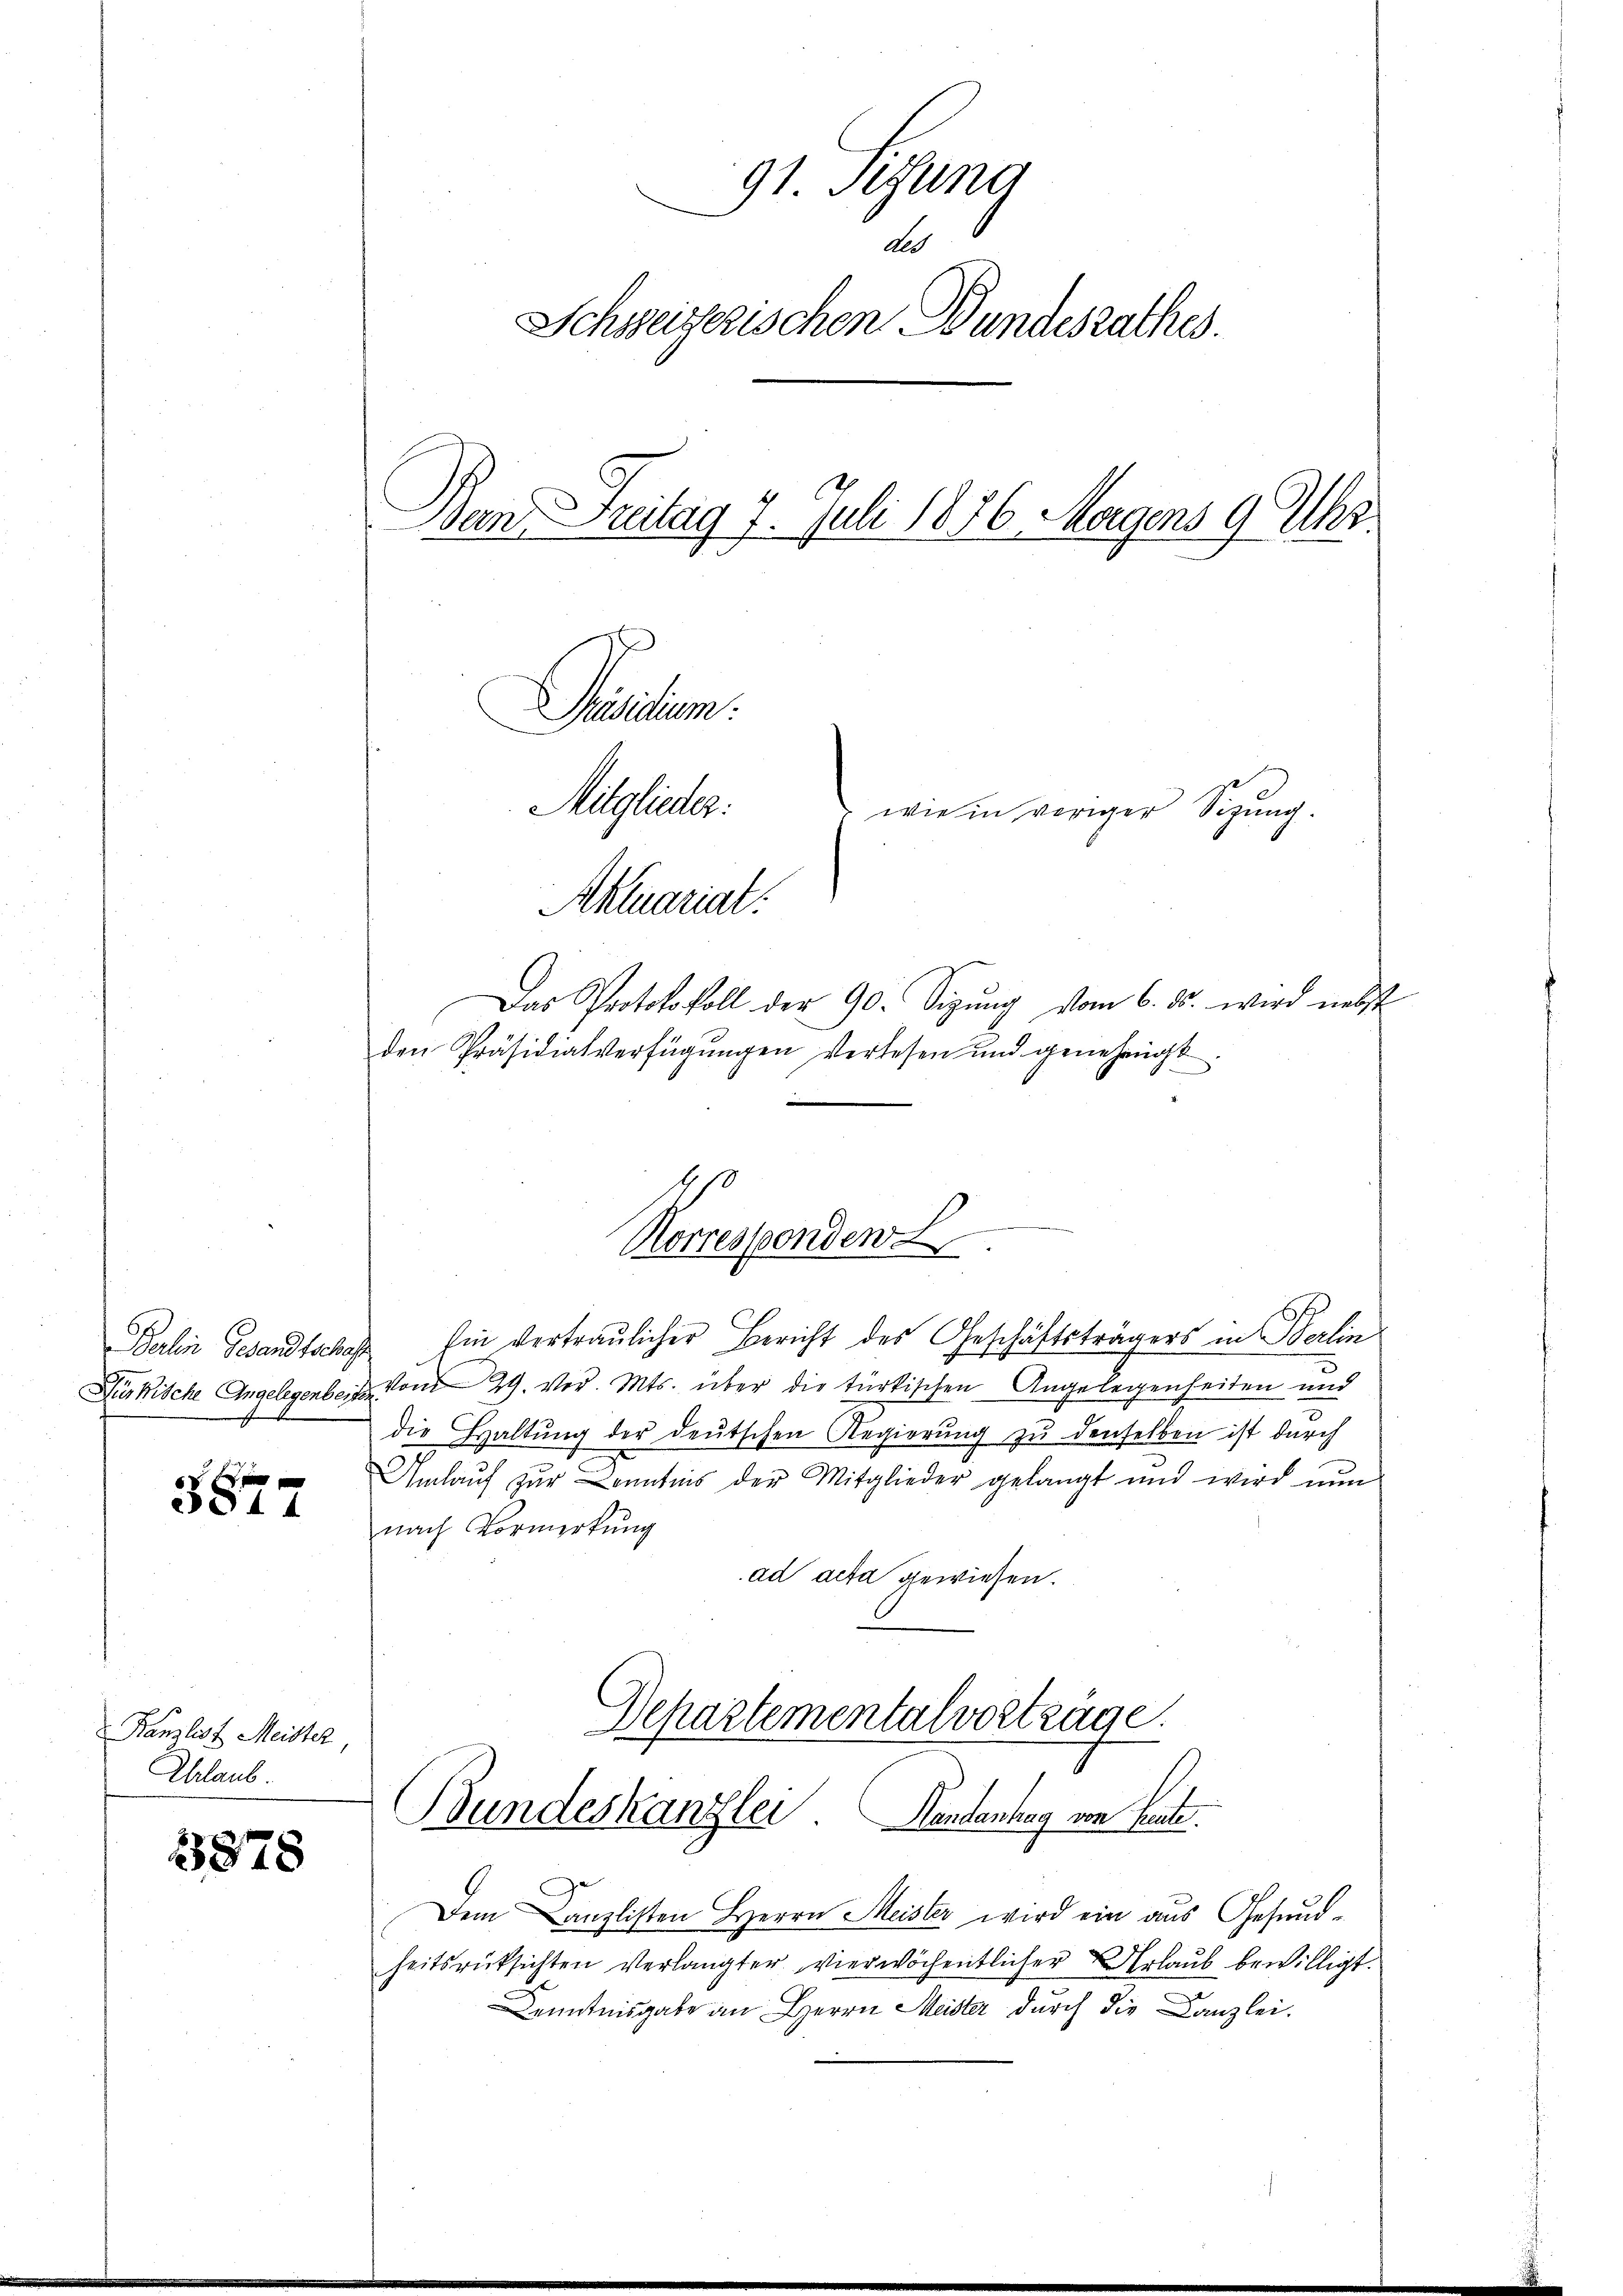
Berlin Gesandtschaf
Fürkische Angelegenbeiten

3817

Kanzlist Meister
Chrlaub

3878

91. Segeng
Ald
Schweizerischen Bundesrathes.
Dan Freitag 7. Juli 1836. Morgens 9 Uhr
Präsidium.
Mitglieder:
wie in voriger Sizung.
Aktuariat

Das Protokokoll der 90. Sizŭng vom 6. ds. wird nebst
den Präsidialverfügungen verlesen und genehmigt
s

hin vertraulicher Bericht des Geschäftsträgers in Berlin
vom 29. vor. Mts. über die türkischen Angelegenheiten und
die Haltŭng der deŭtschen Regierŭng zŭ denselben ist durch
Umlauf zur Kenntnis der Mitglieder gelangt und wird nun
nach Vormerkung
ad acta gewiesen.
Departementalvortrage.

.
Korresponden

Bundeskanzlei Handenhag von heute.

Dem Canzlisten Herrn Meister wird ein aus Gesundheitsrücksichten Verlangter vier wöchentlicher Urlaub bewilligt.
c
Kenntnisgabe an Herrn Meister durch die Canzlei.